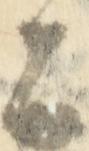
上